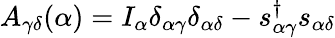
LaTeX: A_{\gamma\delta}(\alpha)=I_{\alpha}\delta_{\alpha\gamma}\delta_{\alpha\delta}-s_{\alpha\gamma}^{\dagger}s_{\alpha\delta}